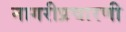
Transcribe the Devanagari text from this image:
नागरीप्रचारणी